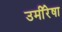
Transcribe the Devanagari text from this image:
उमींरेषा